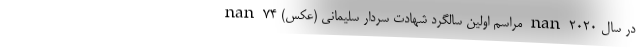
در سال ۲۰۲۰ nan مراسم اولین سالگرد شهادت سردار سلیمانی (عکس) nan ۷۴